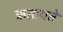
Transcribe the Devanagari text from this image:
ऋतायते